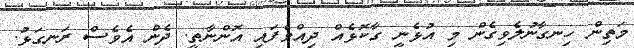
މަތިން ހިނގާނުލެވިގެން މި އުޅެނީ ގާކޮޅެއް ދިއްވެފައި އޮންނާތީ. ދެން އެވެސް ރަނގަޅު.